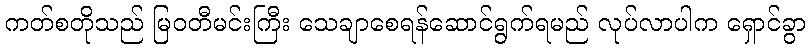
ကတ်စတိုသည် မြဝတီမင်းကြီး သေချာစေရန်ဆောင်ရွက်ရမည် လုပ်လာပါက ရှောင်ခွာ